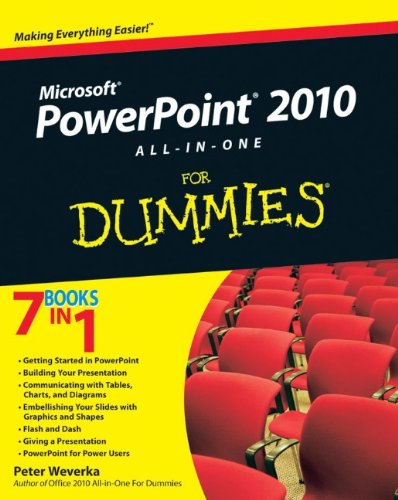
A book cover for PowerPoint 2010 All-in-One For Dummies; Peter Weverka; Computers & Technology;